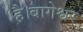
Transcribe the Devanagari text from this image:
है।बागेश्वर